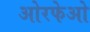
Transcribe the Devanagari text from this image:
ओरफेओ